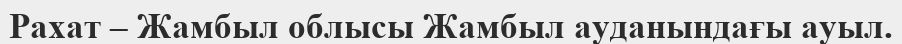
Рахат – Жамбыл облысы Жамбыл ауданындағы ауыл.